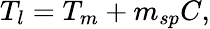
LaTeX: T_{l}=T_{m}+m_{sp}C,